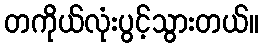
တကိုယ်လုံးပွင့်သွားတယ်။